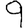
Digit: 9